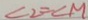
\angle 2 = \angle M